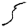
Digit: 5